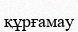
құрғамау